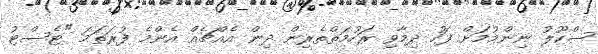
ސްކޫލު ނިންމުމަށް ފަހު ދިމާވި ރަހުމަތްތެރިން ދިން އެއްޗެއް އެންމެ ފުރަތަމަ "ޓެސްޓު